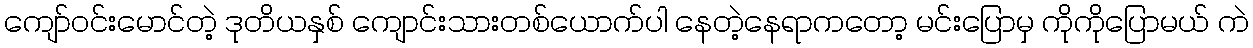
ကျော်ဝင်းမောင်တဲ့ ဒုတိယနှစ် ကျောင်းသားတစ်ယောက်ပါ နေတဲ့နေရာကတော့ မင်းပြောမှ ကိုကိုပြောမယ် ကဲ